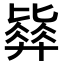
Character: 𣬓